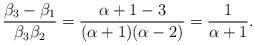
LaTeX: \begin{align*}\frac{\beta_{3}-\beta_{1}}{\beta_{3}\beta_{2}}=\frac{\alpha+1-3}{(\alpha+1)(\alpha-2)}=\frac{1}{\alpha+1}.\end{align*}